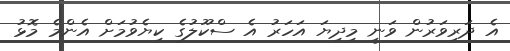
އެ ދަރިވަރުން ވަނީ މިދިޔަ އަހަރު އެ ސްކޫލުގެ ކިޔެވުމަށް އެންމެ މޮޅު